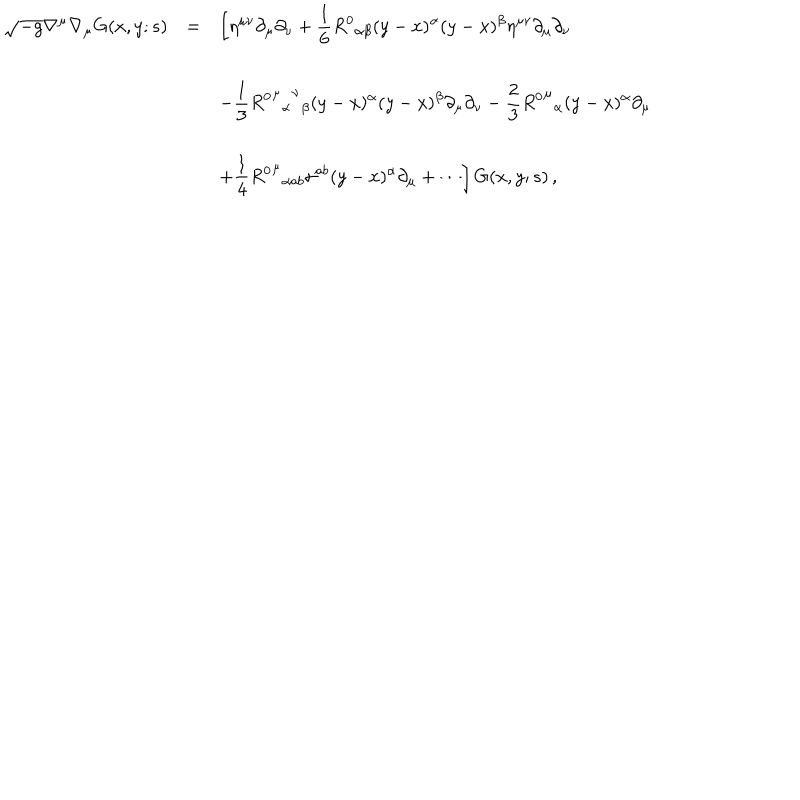
\begin{array} { r c l } { { \displaystyle \sqrt { - g } \nabla ^ { \mu } \nabla _ { \mu } G ( x , y ; s ) } } & { { = } } & { { \displaystyle \left[ \eta ^ { \mu \nu } \partial _ { \mu } \partial _ { \nu } + \frac { 1 } { 6 } { R ^ { 0 } } _ { \alpha \beta } ( y - x ) ^ { \alpha } ( y - x ) ^ { \beta } \eta ^ { \mu \nu } \partial _ { \mu } \partial _ { \nu } \right. } } \\ { { } } & { { } } & { { \displaystyle - \frac { 1 } { 3 } { { { { R ^ { 0 } } ^ { \mu } } _ { \alpha } } ^ { \nu } } _ { \beta } ( y - x ) ^ { \alpha } ( y - x ) ^ { \beta } \partial _ { \mu } \partial _ { \nu } - \frac { 2 } { 3 } { { R ^ { 0 } } ^ { \mu } } _ { \alpha } ( y - x ) ^ { \alpha } \partial _ { \mu } } } \\ { { } } & { { } } & { { \displaystyle \left. + \frac { 1 } { 4 } { { R ^ { 0 } } ^ { \mu } } _ { \alpha a b } \sigma ^ { a b } ( y - x ) ^ { \alpha } \partial _ { \mu } + \cdots \right] G ( x , y ; s ) \, , } } \\ \end{array}